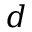
d